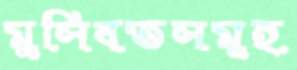
মুসিবতসমূহ